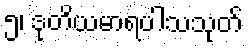
၅၊ ဒုတိယမာရပါသသုတ်